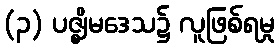
(၃) ပဇ္ဈိမဒေသ၌ လူဖြစ်ရမှု